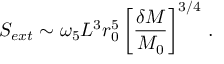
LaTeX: S _ { e x t } \sim \omega _ { 5 } L ^ { 3 } r _ { 0 } ^ { 5 } \left[ { \frac { \delta M } { M _ { 0 } } } \right] ^ { 3 / 4 } \, .